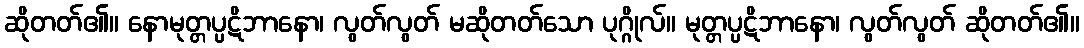
ဆိုတတ်၏။ နောမုတ္တပ္ပဋိဘာနော၊ လွတ်လွတ် မဆိုတတ်သော ပုဂ္ဂိုလ်။ မုတ္တပ္ပဋိဘာနော၊ လွတ်လွတ် ဆိုတတ်၏။